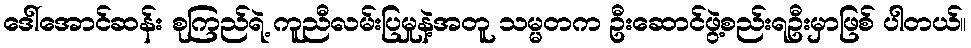
ဒေါ်အောင်ဆန်း စုကြည်ရဲ့ ကူညီလမ်းပြမှုနဲ့အတူ သမ္မတက ဦးဆောင်ဖွဲ့စည်းရဦးမှာဖြစ် ပါတယ်။